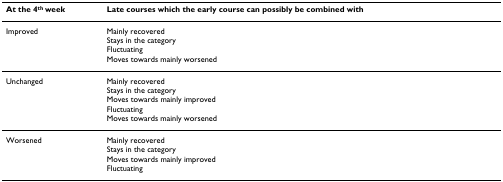
<table><thead><tr><td><b>At the 4<sup>th </sup>week</b></td><td><b>Late courses which the early course can possibly be combined with</b></td></tr></thead><tbody><tr><td>Improved</td><td>Mainly recoveredStays in the categoryFluctuatingMoves towards mainly worsened</td></tr><tr><td>Unchanged</td><td>Mainly recoveredStays in the categoryMoves towards mainly improvedFluctuatingMoves towards mainly worsened</td></tr><tr><td>Worsened</td><td>Mainly recoveredStays in the categoryMoves towards mainly improvedFluctuating</td></tr></tbody></table>